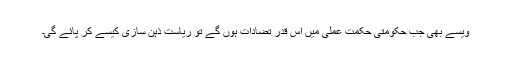
ویسے بھی جب حکومتی حکمتِ عملی میں اس قدر تضادات ہوں گے تو ریاست ذہن سازی کیسے کر پائے گی۔